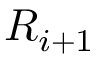
R _ { i + 1 }